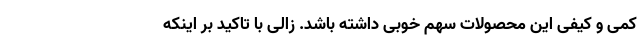
کمی و کیفی این محصولات سهم خوبی داشته باشد. زالی با تاکید بر اینکه